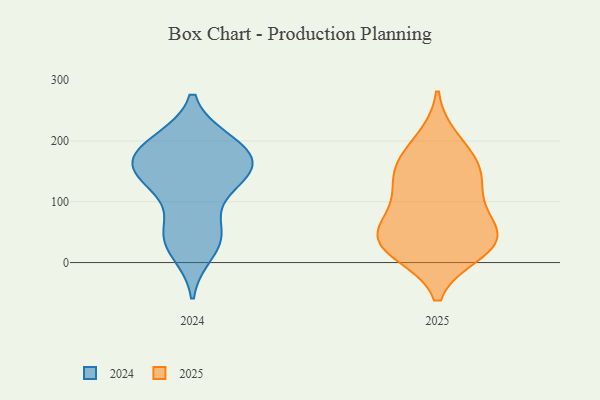
{"axis": {"x": "Satisfaction Score", "y": "Value"}, "legend": ["2024", "2025"], "data": [{"x": "", "y": 166, "type": "2025"}, {"x": "", "y": 157, "type": "2025"}, {"x": "", "y": 63, "type": "2025"}, {"x": "", "y": 36, "type": "2025"}, {"x": "", "y": 200, "type": "2025"}, {"x": "", "y": 126, "type": "2025"}, {"x": "", "y": 39, "type": "2025"}, {"x": "", "y": 19, "type": "2025"}, {"x": "", "y": 135, "type": "2025"}, {"x": "", "y": 28, "type": "2025"}, {"x": "", "y": 36, "type": "2025"}, {"x": "", "y": 86, "type": "2025"}, {"x": "", "y": 45, "type": "2024"}, {"x": "", "y": 186, "type": "2024"}, {"x": "", "y": 147, "type": "2024"}, {"x": "", "y": 51, "type": "2024"}, {"x": "", "y": 173, "type": "2024"}, {"x": "", "y": 198, "type": "2024"}, {"x": "", "y": 136, "type": "2024"}, {"x": "", "y": 133, "type": "2024"}, {"x": "", "y": 19, "type": "2024"}, {"x": "", "y": 198, "type": "2024"}, {"x": "", "y": 44, "type": "2024"}, {"x": "", "y": 136, "type": "2024"}, {"x": "", "y": 167, "type": "2024"}, {"x": "", "y": 170, "type": "2024"}]}